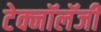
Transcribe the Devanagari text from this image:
टेक्नॉलॅजी